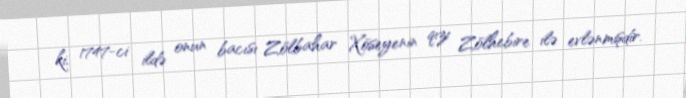
ki, 1747-ci ildə onun bacısı Zölbahar Xöseyenin qızı Zölhebire ilə evlənmişdir.